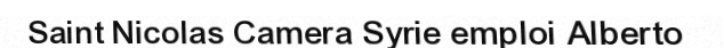
Saint Nicolas Camera Syrie emploi Alberto